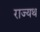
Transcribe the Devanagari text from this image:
राज्यथ